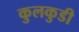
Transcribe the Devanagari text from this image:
कुलकुडी